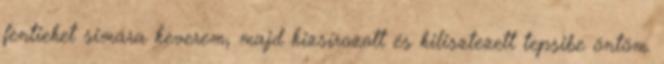
fentieket simára keverem, majd kizsírozott és kilisztezett tepsibe öntöm.